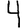
Digit: 4